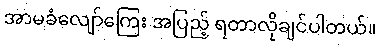
အာမခံလျော်ကြေး အပြည့် ရတာလိုချင်ပါတယ်။